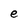
Character: e